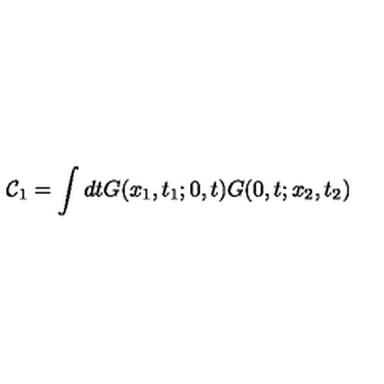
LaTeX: \mathcal { C } _ { 1 } = \int d t G ( x _ { 1 } , t _ { 1 } ; 0 , t ) G ( 0 , t ; x _ { 2 } , t _ { 2 } )